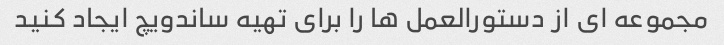
مجموعه ای از دستورالعمل ها را برای تهیه ساندویچ ایجاد کنید